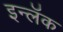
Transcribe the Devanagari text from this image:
इन्लॅक